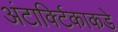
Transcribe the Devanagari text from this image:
अंटार्क्टिकाकडे